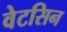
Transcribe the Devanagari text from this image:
वेटसिन